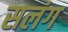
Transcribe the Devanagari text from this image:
सलंग